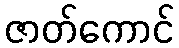
ဇာတ်ကောင်